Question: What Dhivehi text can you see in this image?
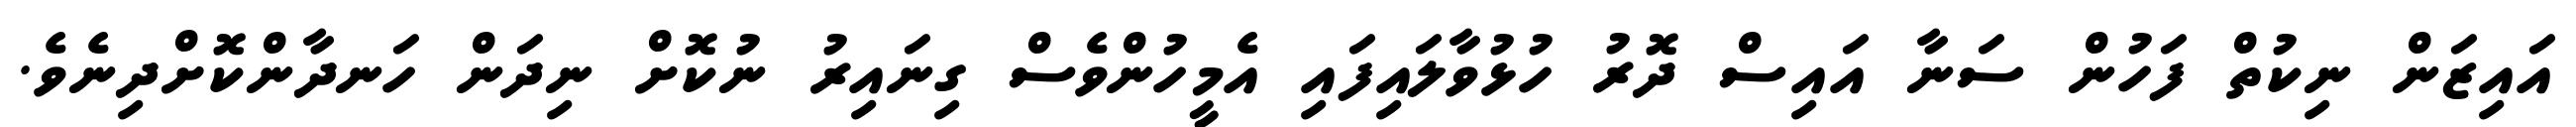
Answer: އައިޒަން ނިކުތް ފަހުން ސަނާ އައިސް ދޮރު ހުޅުވާލައިފައި އެމީހުންވެސް ގިނައިރު ނުކޮށް ނިދަން ހަނދާންކޮށްދިނެވެ.